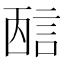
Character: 𰴭